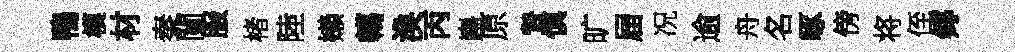
鴨模材秦闉服楮陸嬾轕渙丙巋原贄慎旷屇况逾舟名啄傍将侄鄊